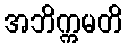
အဘိက္ကမတိ